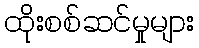
ထိုးစစ်ဆင်မှုများ